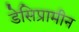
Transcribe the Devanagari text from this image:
डेसिप्रामीन